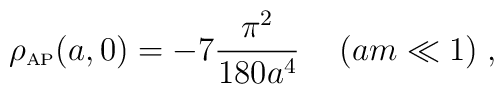
\rho_{\mbox{\tiny AP}} (a,0)=-7{\pi^2\over 180 a^4}\hskip0.5 cm (am\ll 1)\; ,